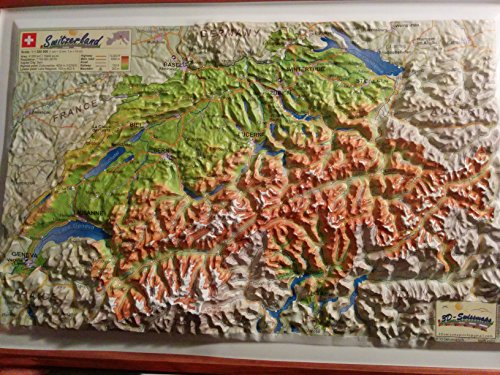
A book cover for Raised Relief 3D Map of Switzerland; Travel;